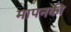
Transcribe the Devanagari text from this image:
मापनकी